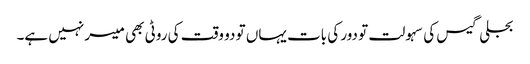
بجلی گیس کی سہولت تو دور کی بات یہاں تو دو وقت کی روٹی بھی میسر نہیں ہے۔